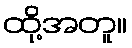
ထို့အတူ။